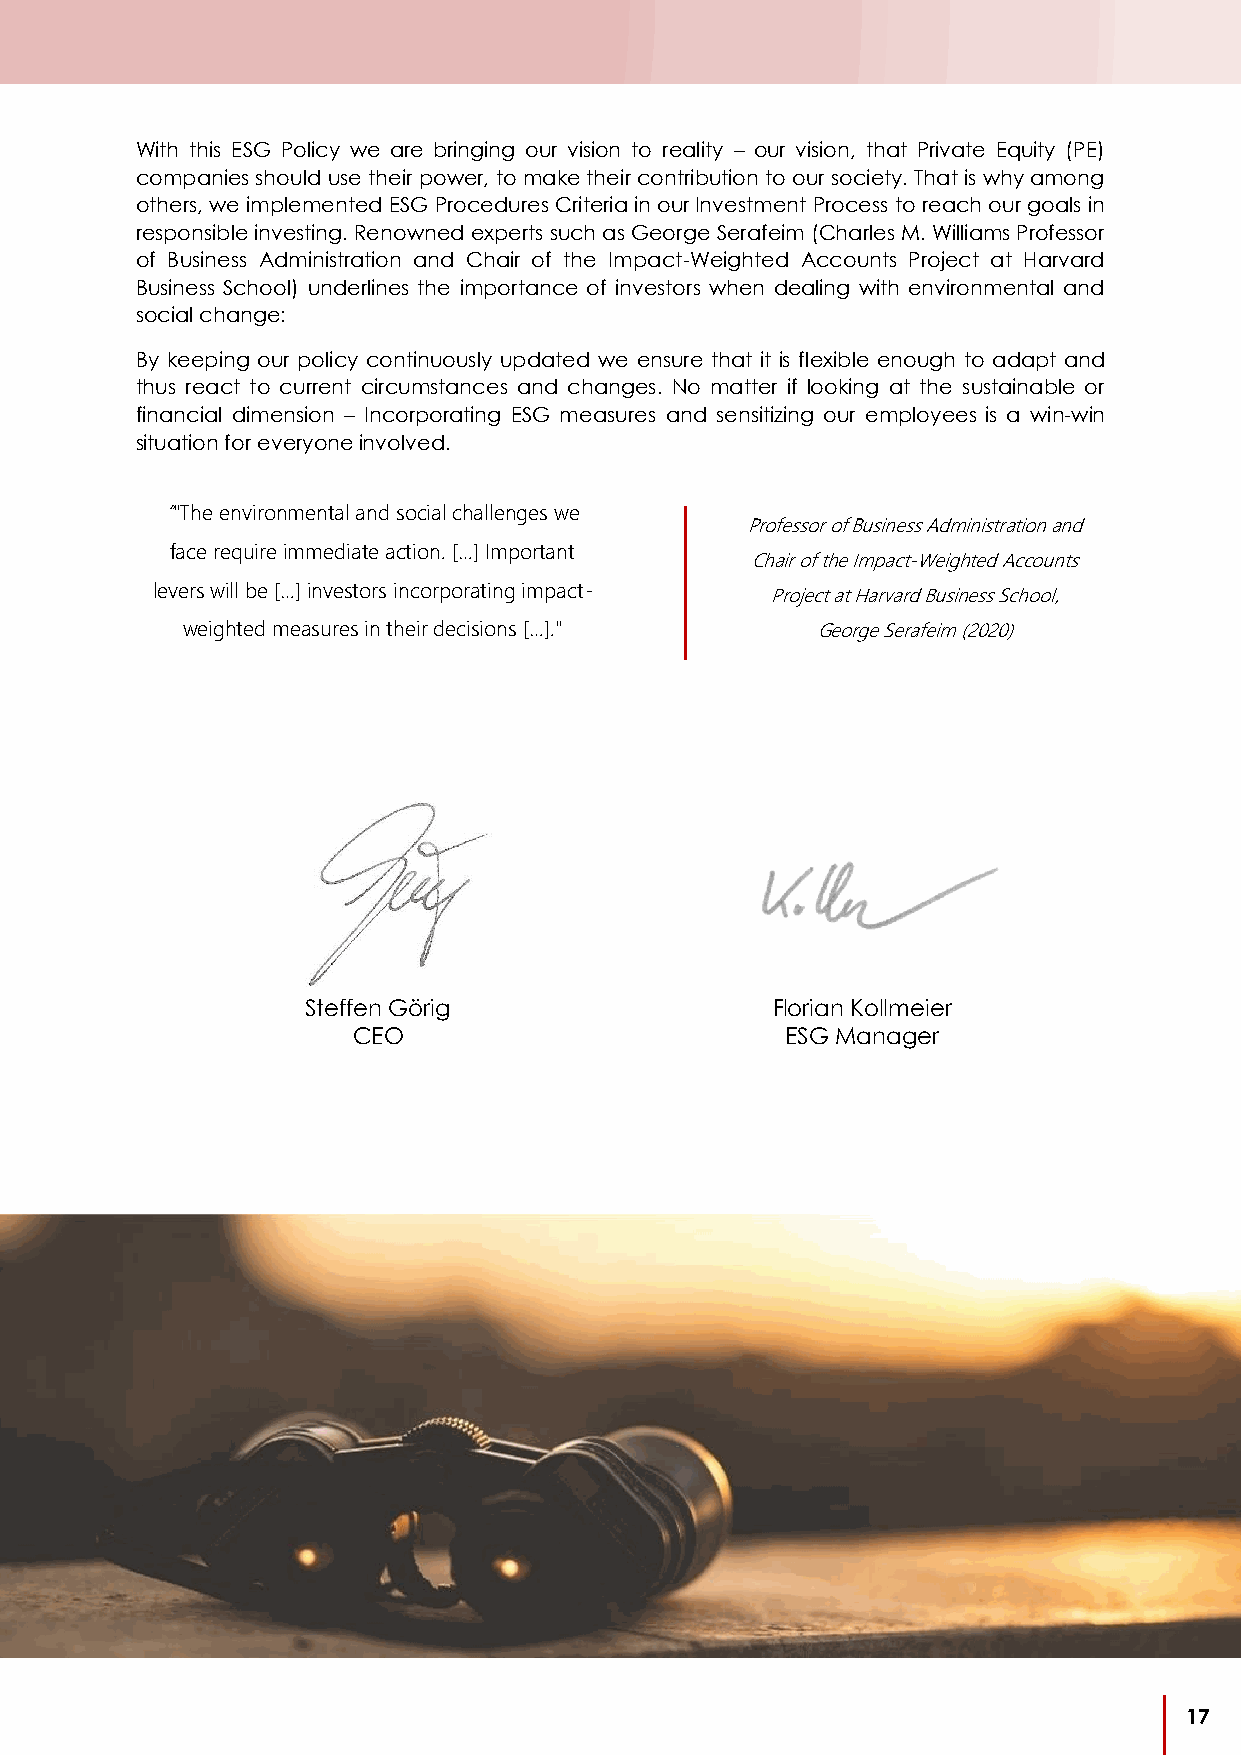
With this ESG Policy we are bringing our vision to reality – our vision, that Private Equity (PE)
 companies should use their power, to make their contribution to our society. That is why among
 others, we implemented ESG Procedures Criteria in our Investment Process to reach our goals in
 responsible investing. Renowned experts such as George Serafeim (Charles M. Williams Professor
 of Business Administration and Chair of the Impact-Weighted Accounts Project at Harvard
 Business School) underlines the importance of investors when dealing with environmental and
 social change:
 By keeping our policy continuously updated we ensure that it is flexible enough to adapt and
 thus react to current circumstances and changes. No matter if looking at the sustainable or
 financial dimension – Incorporating ESG measures and sensitizing our employees is a win-win
 situation for everyone involved.
 “"The environmental and social challenges we
 Professor of Business Administration and
 face require immediate action. […] Important
 Chair of the Impact-Weighted Accounts
 levers will be […] investors incorporating impact- Project at Harvard Business School,
 weighted measures in their decisions […]." George Serafeim (2020)
 Steffen Görig                  Florian Kollmeier
 CEO                          ESG Manager
 17